Report of the Municipal Commissioner on the plague in Bombay for the year ending 31st May... - Volume 3
Disease focus: Plague
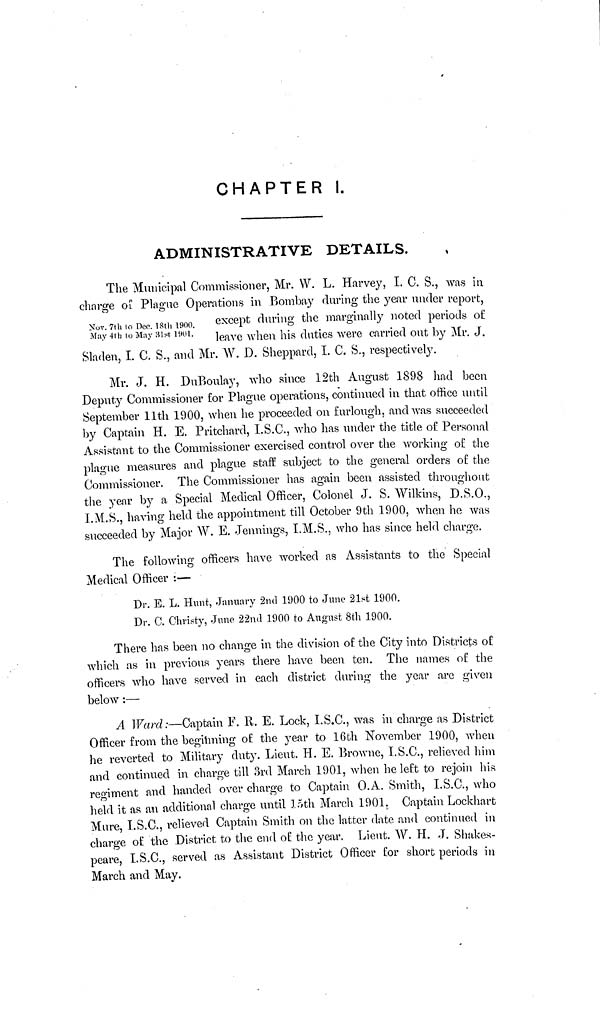
CHAPTER I.
ADMINISTRATIVE DETAILS.
The Municipal Commissioner, Mr. W. L. Harvey, I. C. S., was in
charge of Plague Operations in Bombay during the year under report,
Nov. 7th to Dec. 18th 1900. except during the marginally noted periods o£
May 4th to May 31st 1901. leave when his duties were carried out by Mr. J.
Sladen, I. C. S., and Mr. W. D. Sheppard, I. C. S., respectively.
Mr. J. H. DuBoulay, who since 12th August 1898 had been
Deputy Commissioner for Plague operations, continued in that office until
September 11th 1900, when he proceeded on furlough, and was succeeded
by Captain H. E. Pritchard, I.S.C., who has under the title of Personal
Assistant to the Commissioner exercised control over the working of the
plague measures and plague staff subject to the general orders of the
Commissioner. The Commissioner has again been assisted throughout
the year by a Special Medical Officer, Colonel J. S. Wilkins, D.S.O.,
I.M.S., having held the appointment till October 9th 1900, when he was
succeeded by Major W. E. Jennings, I.M.S., who has since held charge.
The following officers have worked as Assistants to the Special
Medical Officer :—
Dr. E. L. Hunt, January 2nd 1900 to June 21st 1900.
Dr. C. Christy, June 22nd 1900 to August 8th 1900.
There has been no change in the division of the City into Districts of
which as in previous years there have been ten. The names of the
officers who have served in each district during the year are given
below :—
A Ward:—Captain F. R. E. Lock, I.S.C., was in charge as District
Officer from the beginning of the year to 16th November 1900, when
he reverted to Military duty. Lieut, H. E. Browne, I.S.C., relieved him
and continued in charge till 3rd March 1901, when he left to rejoin his
regiment and handed over charge to Captain O.A. Smith, I.S.C., who
held it as an additional charge until 15th March 1901. Captain Lockhart
Mure, I.S.C., relieved Captain Smith on the latter date and continued in
charge of the District to the end of the year. Lieut. W. H. J. Shakes-
peare, I.S.C., served as Assistant District Officer for short periods in
March and May.